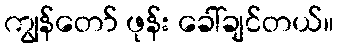
ကျွန်တော် ဖုန်း ခေါ်ချင်တယ်။